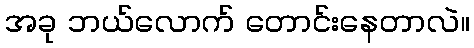
အခု ဘယ်လောက် တောင်းနေတာလဲ။